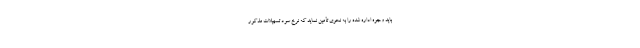
باید وجوه اداره شده را به نحوی تأمین نماید که نرخ سود تسهیلات مذکور